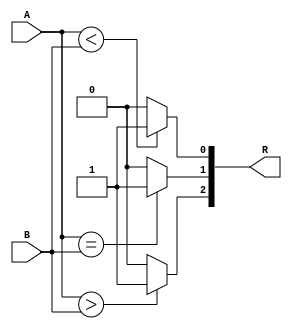
/************************************
*	Class:				Gr.3 CpE 3101L Introduction to HDL
*	Group/Schedule		Friday, 7:30 AM to 10:30 AM
*	Description: 		FourBitComparator.v module
************************************/
module FourBitComparator(
	input 	[3:0]A,
	input 	[3:0]B,
	output 	[2:0]R
);
	// A > B @ R2 |R [2] = G (1 if A > B, else 0)
	assign R[2] = (A > B)? 1'b1 : 1'b0;

	// A = B @ R[1] | R[1] = E (1 if A = B, else 0)
	assign R[1] = (A == B)? 1'b1 : 1'b0;
	
	// A < B @ R[0] | R[0] = E (1 if A < B, else 0)
	assign R[0] = (A < B)? 1'b1 : 1'b0;	
endmodule